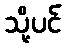
သို့ပင်